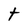
Character: t